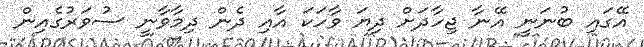
އޭގައި ބުނަނީ އޭނާ ޖިހާދަށް ދިޔަ ވާހަކަ އާއި ދެން ދިމާވާނީ ސުވަރުގެއިން